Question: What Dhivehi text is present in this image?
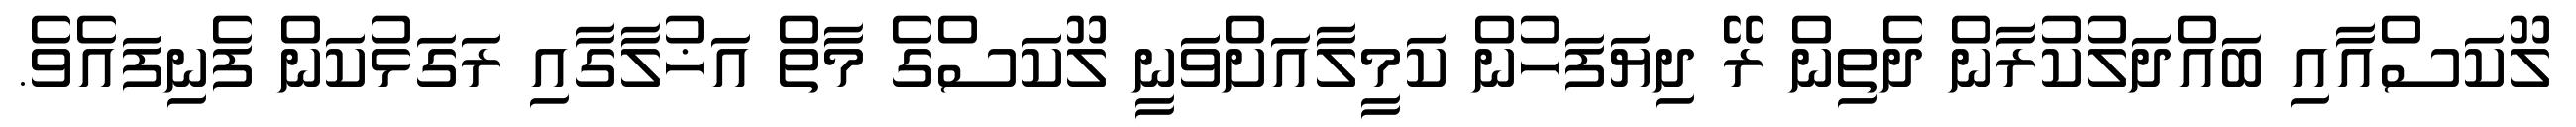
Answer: ލޫކަސްއާއި ބައްދަލުކުރާން ދެތިން ރޭ ދިޔަފަހުން ކަމީލާއަށްވަނީ ލޫކަސްގެ މާތް އަޚުލާގާއި ރަގަޅުކަން ފެނިފައެވެ.